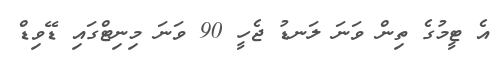
އެ ޓީމުގެ ތިން ވަނަ ލަނޑު ޖެހީ 90 ވަނަ މިނިޓްގައި ޑޭވިޑް